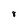
Character: 8